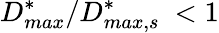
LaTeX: D_{max}^{*}/D_{max,s}^{*}\ <1